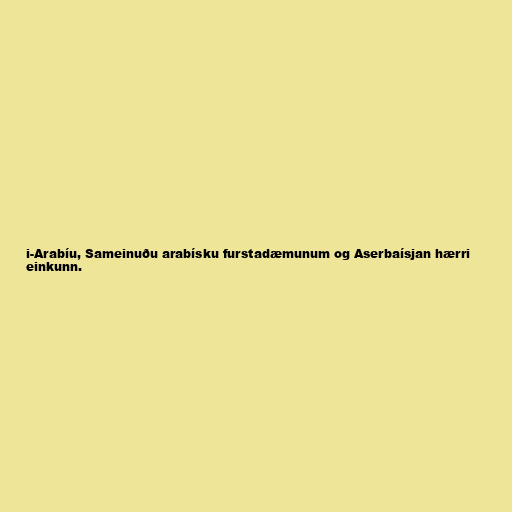
i-Arabíu, Sameinuðu arabísku furstadæmunum og Aserbaísjan hærri
einkunn.